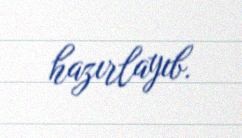
hazırlayıb.